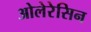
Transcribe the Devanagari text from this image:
ओलेरेसिन